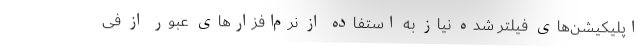
اپلیکیشن‌های فیلتر شده نیاز به استفاده از نرم‌افزارهای عبور از فی